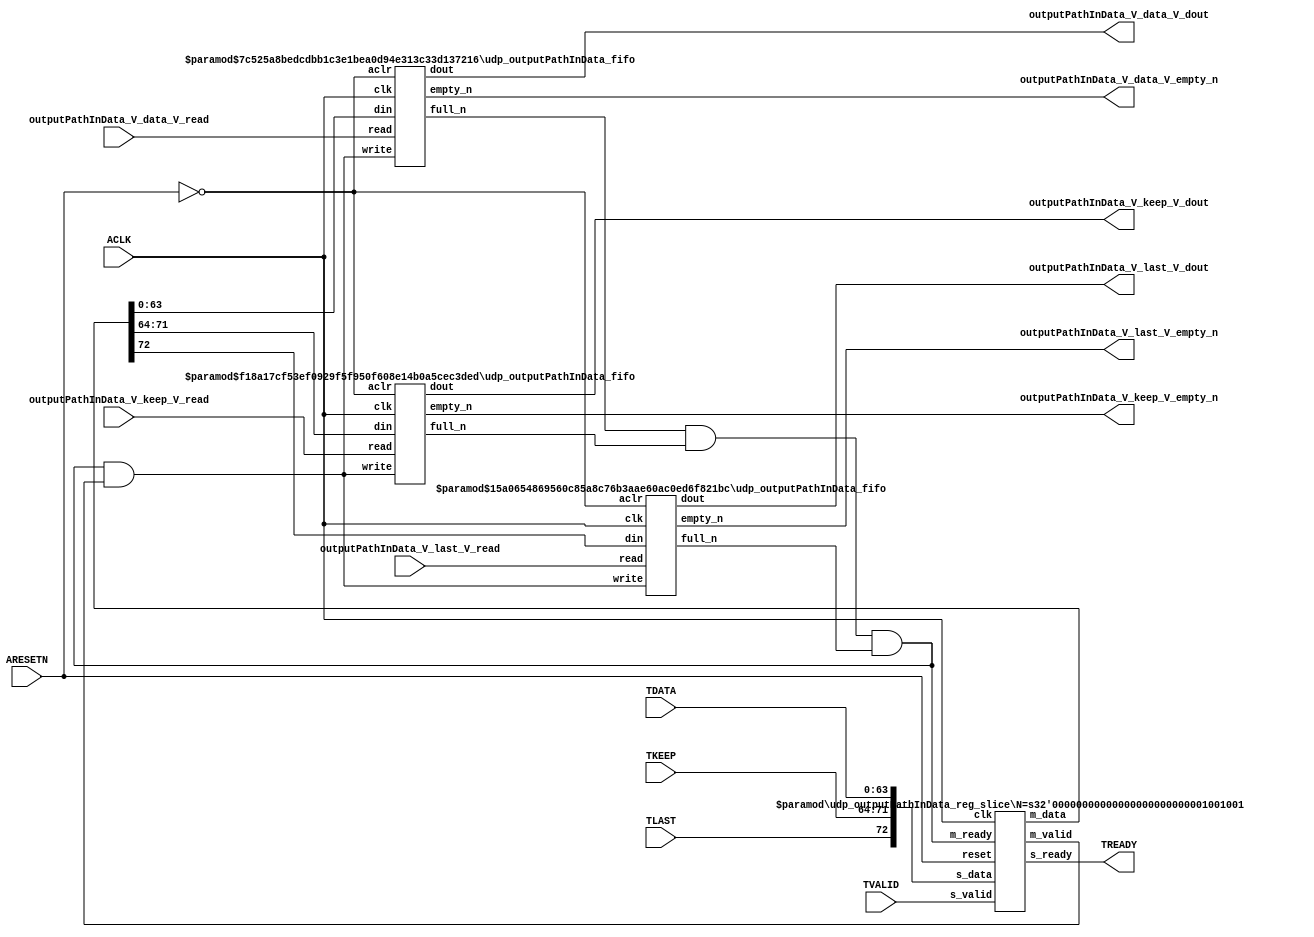
// ==============================================================
// File generated by Vivado(TM) HLS - High-Level Synthesis from C, C++ and SystemC
// Version: 2015.1
// Copyright (C) 2015 Xilinx Inc. All rights reserved.
// 
// ==============================================================


`timescale 1ns/1ps

module udp_outputPathInData_if (
    // AXI4-Stream singals
    input  wire        ACLK,
    input  wire        ARESETN,
    input  wire        TVALID,
    output wire        TREADY,
    input  wire [63:0] TDATA,
    input  wire [7:0]  TKEEP,
    input  wire [0:0]  TLAST,
    // User signals
    output wire [63:0] outputPathInData_V_data_V_dout,
    output wire        outputPathInData_V_data_V_empty_n,
    input  wire        outputPathInData_V_data_V_read,
    output wire [7:0]  outputPathInData_V_keep_V_dout,
    output wire        outputPathInData_V_keep_V_empty_n,
    input  wire        outputPathInData_V_keep_V_read,
    output wire [0:0]  outputPathInData_V_last_V_dout,
    output wire        outputPathInData_V_last_V_empty_n,
    input  wire        outputPathInData_V_last_V_read
);
//------------------------Local signal-------------------
// FIFO
wire [0:0]  fifo_write;
wire [0:0]  fifo_full_n;
wire [63:0] outputPathInData_V_data_V_din;
wire [0:0]  outputPathInData_V_data_V_full_n;
wire [7:0]  outputPathInData_V_keep_V_din;
wire [0:0]  outputPathInData_V_keep_V_full_n;
wire [0:0]  outputPathInData_V_last_V_din;
wire [0:0]  outputPathInData_V_last_V_full_n;
// register slice
wire [0:0]  s_valid;
wire [0:0]  s_ready;
wire [72:0] s_data;
wire [0:0]  m_valid;
wire [0:0]  m_ready;
wire [72:0] m_data;

//------------------------Instantiation------------------
// rs
udp_outputPathInData_reg_slice #(
    .N       ( 73 )
) rs (
    .clk     ( ACLK ),
    .reset   ( ARESETN ),
    .s_data  ( s_data ),
    .s_valid ( s_valid ),
    .s_ready ( s_ready ),
    .m_data  ( m_data ),
    .m_valid ( m_valid ),
    .m_ready ( m_ready )
);

// outputPathInData_V_data_V_fifo
udp_outputPathInData_fifo #(
    .DATA_BITS  ( 64 ),
    .DEPTH_BITS ( 4 )
) outputPathInData_V_data_V_fifo (
    .clk        ( ACLK ),
    .aclr       ( ~ARESETN ),
    .empty_n    ( outputPathInData_V_data_V_empty_n ),
    .full_n     ( outputPathInData_V_data_V_full_n ),
    .read       ( outputPathInData_V_data_V_read ),
    .write      ( fifo_write ),
    .dout       ( outputPathInData_V_data_V_dout ),
    .din        ( outputPathInData_V_data_V_din )
);

// outputPathInData_V_keep_V_fifo
udp_outputPathInData_fifo #(
    .DATA_BITS  ( 8 ),
    .DEPTH_BITS ( 4 )
) outputPathInData_V_keep_V_fifo (
    .clk        ( ACLK ),
    .aclr       ( ~ARESETN ),
    .empty_n    ( outputPathInData_V_keep_V_empty_n ),
    .full_n     ( outputPathInData_V_keep_V_full_n ),
    .read       ( outputPathInData_V_keep_V_read ),
    .write      ( fifo_write ),
    .dout       ( outputPathInData_V_keep_V_dout ),
    .din        ( outputPathInData_V_keep_V_din )
);

// outputPathInData_V_last_V_fifo
udp_outputPathInData_fifo #(
    .DATA_BITS  ( 1 ),
    .DEPTH_BITS ( 4 )
) outputPathInData_V_last_V_fifo (
    .clk        ( ACLK ),
    .aclr       ( ~ARESETN ),
    .empty_n    ( outputPathInData_V_last_V_empty_n ),
    .full_n     ( outputPathInData_V_last_V_full_n ),
    .read       ( outputPathInData_V_last_V_read ),
    .write      ( fifo_write ),
    .dout       ( outputPathInData_V_last_V_dout ),
    .din        ( outputPathInData_V_last_V_din )
);

//------------------------Body---------------------------
//++++++++++++++++++++++++AXI4-Stream++++++++++++++++++++
assign TREADY = s_ready;

//+++++++++++++++++++++++++++++++++++++++++++++++++++++++

//++++++++++++++++++++++++Reigister Slice++++++++++++++++
assign s_valid = TVALID;
assign m_ready = fifo_full_n;
assign s_data  = {TLAST[0:0], TKEEP[7:0], TDATA[63:0]};

//+++++++++++++++++++++++++++++++++++++++++++++++++++++++

//++++++++++++++++++++++++FIFO+++++++++++++++++++++++++++
assign fifo_write                    = fifo_full_n & m_valid;
assign outputPathInData_V_data_V_din = m_data[63:0];
assign outputPathInData_V_keep_V_din = m_data[71:64];
assign outputPathInData_V_last_V_din = m_data[72:72];
assign fifo_full_n                   = outputPathInData_V_data_V_full_n & outputPathInData_V_keep_V_full_n & outputPathInData_V_last_V_full_n;

//+++++++++++++++++++++++++++++++++++++++++++++++++++++++

endmodule



`timescale 1ns/1ps

module udp_outputPathInData_fifo
#(parameter
    DATA_BITS  = 8,
    DEPTH_BITS = 4
)(
    input  wire                 clk,
    input  wire                 aclr,
    output wire                 empty_n,
    output wire                 full_n,
    input  wire                 read,
    input  wire                 write,
    output wire [DATA_BITS-1:0] dout,
    input  wire [DATA_BITS-1:0] din
);
//------------------------Parameter----------------------
localparam
    DEPTH = 1 << DEPTH_BITS;
//------------------------Local signal-------------------
reg                   empty;
reg                   full;
reg  [DEPTH_BITS-1:0] index;
reg  [DATA_BITS-1:0]  mem[0:DEPTH-1];
//------------------------Body---------------------------
assign empty_n = ~empty;
assign full_n  = ~full;
assign dout    = mem[index];

// empty
always @(posedge clk or posedge aclr) begin
    if (aclr)
        empty <= 1'b1;
    else if (empty & write & ~read)
        empty <= 1'b0;
    else if (~empty & ~write & read & (index==1'b0))
        empty <= 1'b1;
end

// full
always @(posedge clk or posedge aclr) begin
    if (aclr)
        full <= 1'b0;
    else if (full & read & ~write)
        full <= 1'b0;
    else if (~full & ~read & write & (index==DEPTH-2'd2))
        full <= 1'b1;
end

// index
always @(posedge clk or posedge aclr) begin
    if (aclr)
        index <= {DEPTH_BITS{1'b1}};
    else if (~empty & ~write & read)
        index <= index - 1'b1;
    else if (~full & ~read & write)
        index <= index + 1'b1;
end

// mem
always @(posedge clk) begin
    if (~full & write) mem[0] <= din;
end

genvar i;
generate
    for (i = 1; i < DEPTH; i = i + 1) begin : gen_sr
        always @(posedge clk) begin
            if (~full & write) mem[i] <= mem[i-1];
        end
    end
endgenerate

endmodule

`timescale 1ns/1ps

module udp_outputPathInData_reg_slice
#(parameter
    N = 8   // data width
) (
    // system signals
    input  wire         clk,
    input  wire         reset,
    // slave side
    input  wire [N-1:0] s_data,
    input  wire         s_valid,
    output wire         s_ready,
    // master side
    output wire [N-1:0] m_data,
    output wire         m_valid,
    input  wire         m_ready
);
//------------------------Parameter----------------------
// state
localparam [1:0]
    ZERO = 2'b10,
    ONE  = 2'b11,
    TWO  = 2'b01;
//------------------------Local signal-------------------
reg  [N-1:0] data_p1;
reg  [N-1:0] data_p2;
wire         load_p1;
wire         load_p2;
wire         load_p1_from_p2;
reg          s_ready_t;
reg  [1:0]   state;
reg  [1:0]   next;
//------------------------Body---------------------------
assign s_ready = s_ready_t;
assign m_data  = data_p1;
assign m_valid = state[0];

assign load_p1 = (state == ZERO && s_valid) ||
                 (state == ONE && s_valid && m_ready) ||
                 (state == TWO && m_ready);
assign load_p2 = s_valid & s_ready;
assign load_p1_from_p2 = (state == TWO);

// data_p1
always @(posedge clk) begin
    if (load_p1) begin
        if (load_p1_from_p2)
            data_p1 <= data_p2;
        else
            data_p1 <= s_data;
    end
end

// data_p2
always @(posedge clk) begin
    if (load_p2) data_p2 <= s_data;
end

// s_ready_t
always @(posedge clk) begin
    if (~reset)
        s_ready_t <= 1'b0;
    else if (state == ZERO)
        s_ready_t <= 1'b1;
    else if (state == ONE && next == TWO)
        s_ready_t <= 1'b0;
    else if (state == TWO && next == ONE)
        s_ready_t <= 1'b1;
end

// state
always @(posedge clk) begin
    if (~reset)
        state <= ZERO;
    else
        state <= next;
end

// next
always @(*) begin
    case (state)
        ZERO:
            if (s_valid & s_ready)
                next = ONE;
            else
                next = ZERO;
        ONE:
            if (~s_valid & m_ready)
                next = ZERO;
            else if (s_valid & ~m_ready)
                next = TWO;
            else
                next = ONE;
        TWO:
            if (m_ready)
                next = ONE;
            else
                next = TWO;
        default:
            next = ZERO;
    endcase
end

endmodule